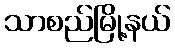
သာစည်မြို့နယ်